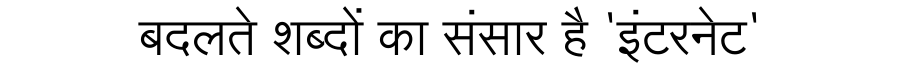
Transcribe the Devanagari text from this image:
बदलते शब्दों का संसार है 'इंटरनेट'